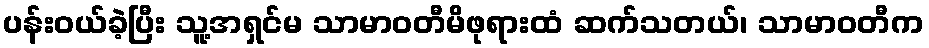
ပန်းဝယ်ခဲ့ပြီး သူ့အရှင်မ သာမာဝတီမိဖုရားထံ ဆက်သတယ်၊ သာမာဝတီက